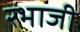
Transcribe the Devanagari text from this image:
रभाजी